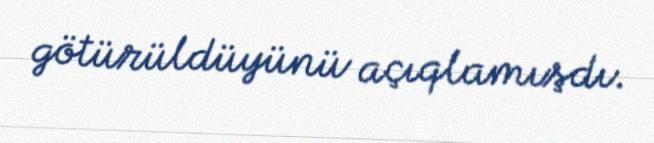
götürüldüyünü açıqlamışdı.